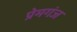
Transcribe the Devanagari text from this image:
प्रेमगंज